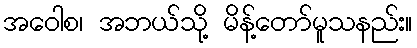
အဝေါစ၊ အဘယ်သို့ မိန့်တော်မူသနည်း။